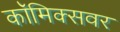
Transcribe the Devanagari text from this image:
कॉमिक्सवर